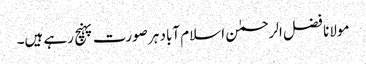
مولانا فضل الرحمٰن اسلام آباد ہر صورت پہنچ رہے ہیں۔